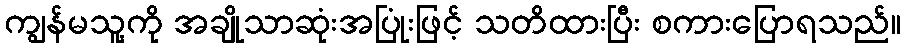
ကျွန်မသူ့ကို အချိုသာဆုံးအပြုံးဖြင့် သတိထားပြီး စကားပြောရသည်။